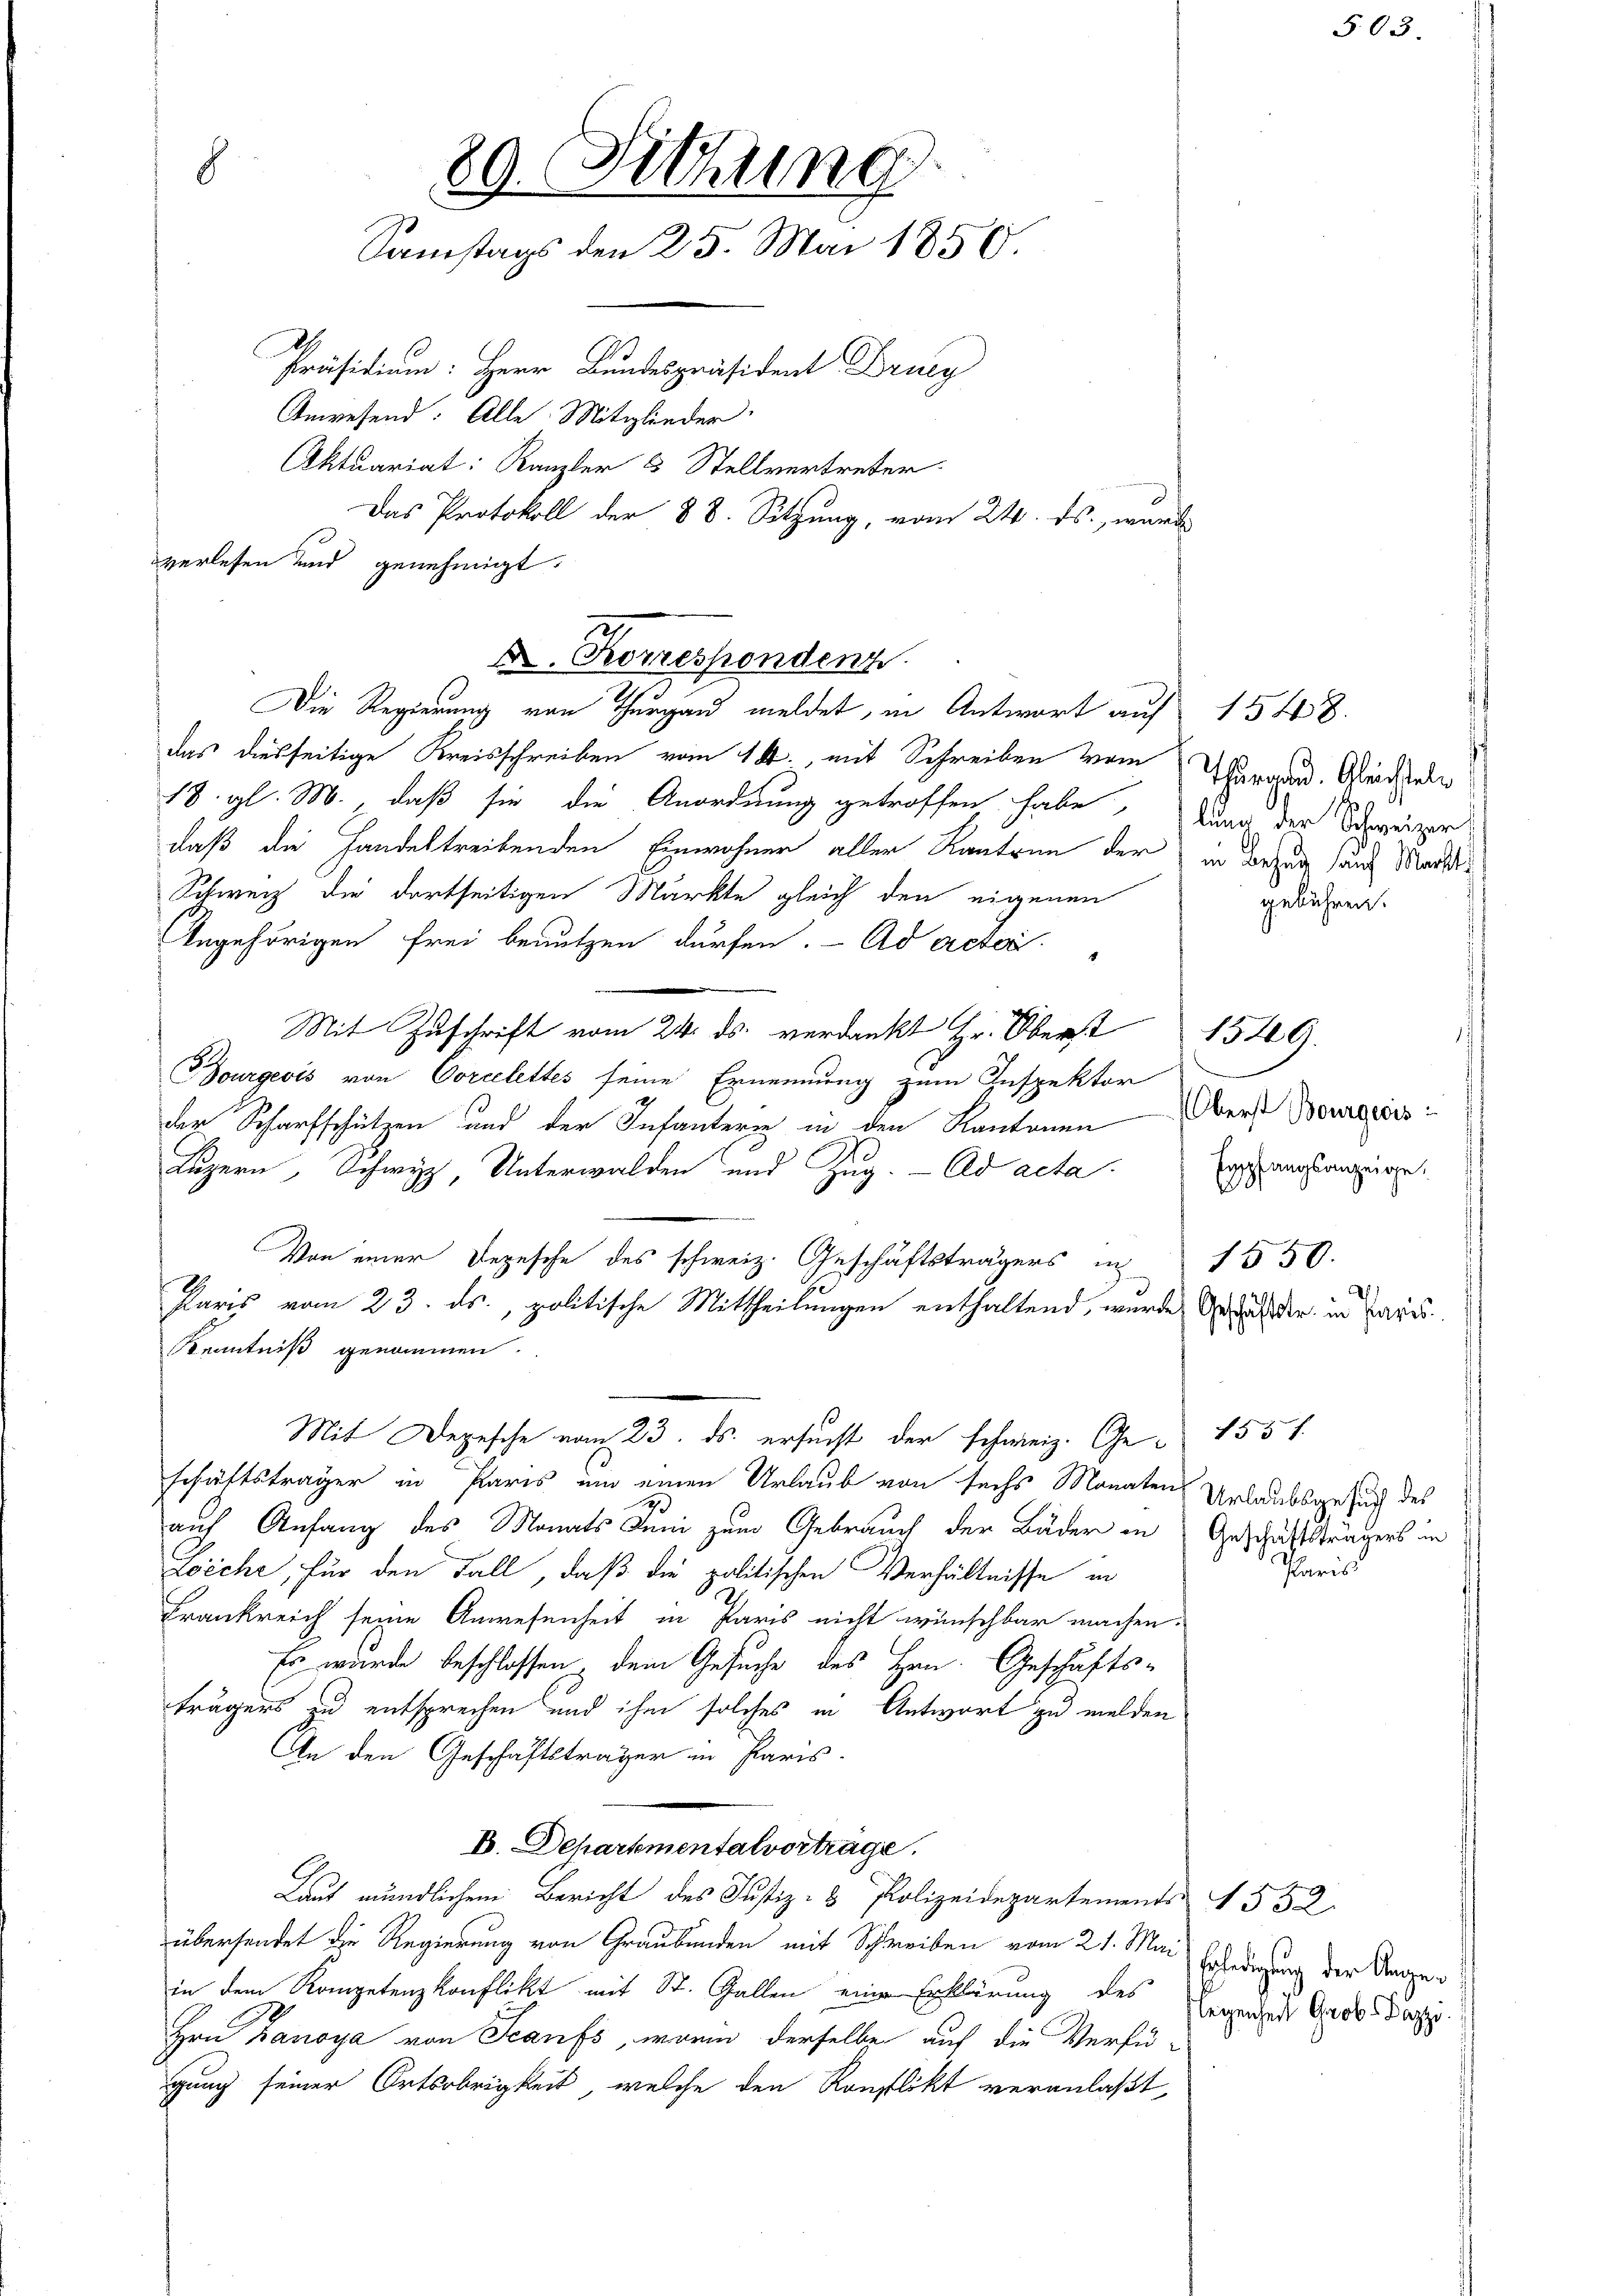
8
89. Sitzung
Samstags den 25. Mai 1856.
Präsidium: Herr Bundespräsident Druc
Anwesend: Alle Mitglieder.
Aktuariat: Kanzler 5 Stellvertreter.
Das Protokoll der 88. Sitzung, vom 24. ds., wurd
verlesen und genehmigt.

Dr. Korrespondenz
Die Regierung von Thurgau meldet, in Antwort auf 1548

das diesseitige Kreisschreiben vom 14., mit Schreiben vom
18. gl. M., daß sie die Anordnung getroffen habe. Durch der Schweizer
daß die Handeltreibenden Einwohner aller Kantone der in Bezug auf Markt¬
Schweiz die dortseitigen Märkte gleich den eigenen
Angehörigen frei benutzen dürfen. - Ad acter
Mit Zuschrift vom 24. ds. verdankt Hr. Oberst 1540
Bourgeois von Corcelettes seine Ernennung zum Inspektor
7
der Scharfschützen und der Infanteren in den Kantonen erst Bourgers
Luzern, Schwyz, Unterwalden und Zug. - Ad acta
Paris vom 23. ds., politische Mittheilungen enthaltend, wurde des der in Paris
Kenntniß genommen.
Mit Depesche vom 23. ds. ersucht der schweiz. Geschäftsträger in Paris um einen Urlaub von sechs Monaten Urlaubsgesuch des
auf Anfang des Monats Juni zum Gebrauch der Bäder in Geschäftsträgers in
Leiche, für den Fall, daß die politischen Verhältnisse in
Frankreich seine Anwesenheit in Paris nicht wünschbar machen.
Es wurde beschlossen dem Gesuche des Hrn. Geschäfts-
trägers zu entsprechen und ihm solches in Antwort zu melden
An den Geschäftsträger in Paris.
B. Schartementalvorträge.
Laut mündlichem Bericht des Justiz- & Polizeidepartements 552.
übersendet die Regierung von Graubünden mit Schreiben vom 21. Mai Erledigung der Angein dem Kompetenzkonflikt mit St. Gallen eine Erklärung des Gegenen Grob Dappe
Hrn Kanoya von Scanfs, worin derselbe auf die Verfü-
gung seiner Ortsobrigkeit, welche den Konflikt veranlaßt,

Von einer Depesche des schweiz. Geschäftsträgers in

Thurgau. Gleichstele
gebühren.

Empfangsanzeige.
1550.

S.03.

155 f.
Paris